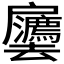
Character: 𫼒